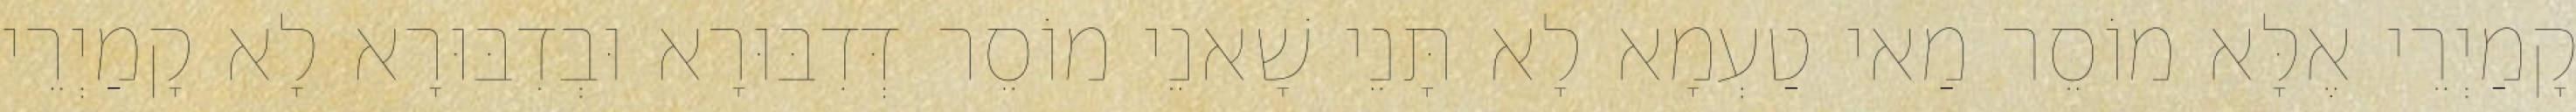
קָמַיְרֵי אֶלָּא מוֹסֵר מַאי טַעְמָא לָא תָּנֵי שָׁאנֵי מוֹסֵר דְּדִבּוּרָא וּבְדִבּוּרָא לָא קָמַיְרֵי